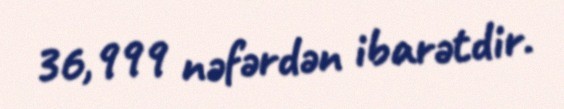
36,999 nəfərdən ibarətdir.